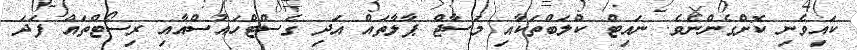
ކައިވެނި ކޮށްގެންނެވެ. ނައިޓް ކްލަބްތަކާއި މަސާޖް ޕާލާތައް އަދި ގެސްޓްހައުސްއާއި ރިސޯޓްތައް ފަދަ